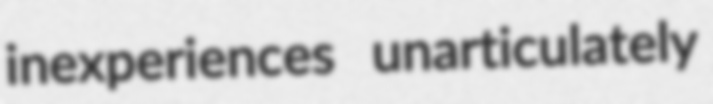
inexperiences unarticulately